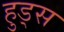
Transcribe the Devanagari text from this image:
हुड्स